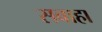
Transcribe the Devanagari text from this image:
सबाहा